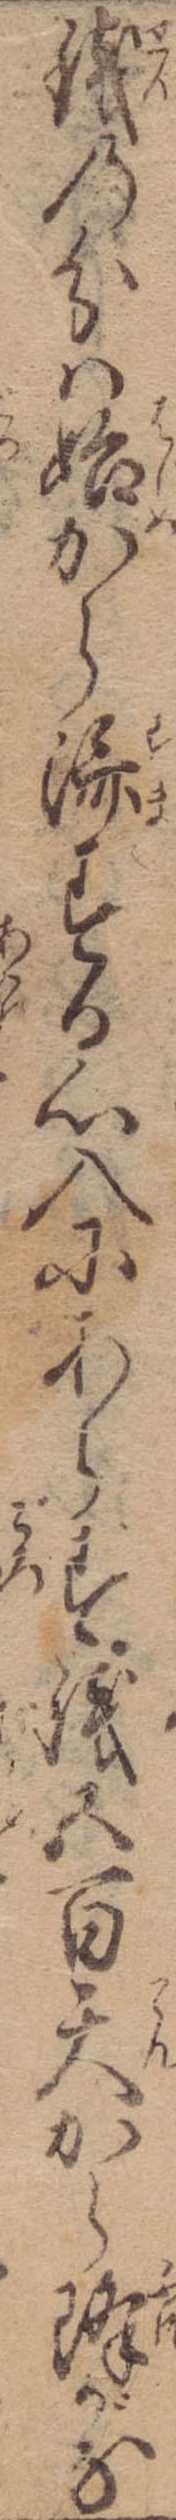
銭の分は始から済する心入にあらず銭五百天から降がな